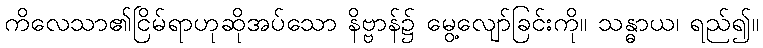
ကိလေသာ၏ငြိမ်ရာဟုဆိုအပ်သော နိဗ္ဗာန်၌ မွေ့လျော်ခြင်းကို။ သန္ဓာယ၊ ရည်၍။